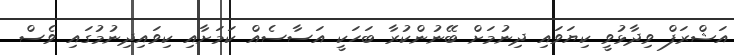
އަޝްރަފް ވިދާޅުވީ ކިޔަވައި ދިނުމަށް ބޭނުންކުރާ ބަހަކީ އަސާސެއް ކަމަށާއި ކިވައިދިނުމުގައި ވެސް